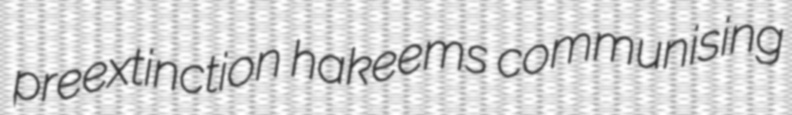
preextinction hakeems communising